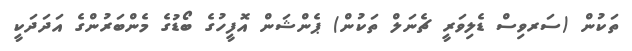
ތަކުން (ސަރވިސް ޑެލިވަރީ ޗެނަލް ތަކުން) ޕެންޝަން އޮފީހުގެ ބޯޑުގެ މެންބަރުންގެ އަދަދަކީ